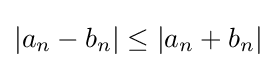
|a_{n}-b_{n}|\leq |a_{n}+b_{n}|